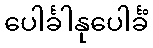
ပေါင်္ခါနုပေါင်္ခံ